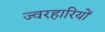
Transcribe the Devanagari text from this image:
ज्वरहारियों